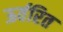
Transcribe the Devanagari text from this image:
ऊर्वरित